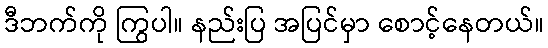
ဒီဘက်ကို ကြွပါ။ နည်းပြ အပြင်မှာ စောင့်နေတယ်။